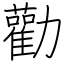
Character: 勸